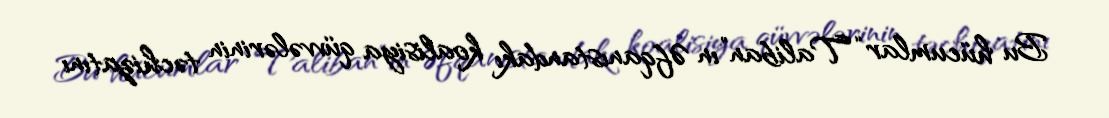
Bu hücumlar “Taliban”ın Əfqanıstandakı koalisiya qüvvələrinin təchizatını